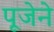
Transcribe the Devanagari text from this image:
पूजेने